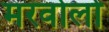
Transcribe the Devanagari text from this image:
मरवोलो